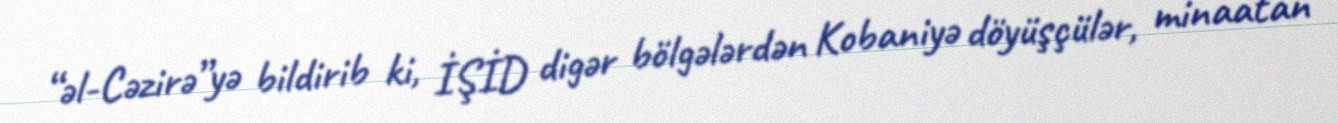
“əl-Cəzirə”yə bildirib ki, İŞİD digər bölgələrdən Kobaniyə döyüşçülər, minaatan